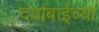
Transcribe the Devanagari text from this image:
दर्याबाईच्या